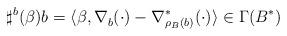
LaTeX: \begin{align*} \sharp^b(\beta)b = \langle \beta,\nabla^{}_b(\cdot) - \nabla^*_{\rho_B(b)}(\cdot) \rangle \in\Gamma(B^*)\end{align*}